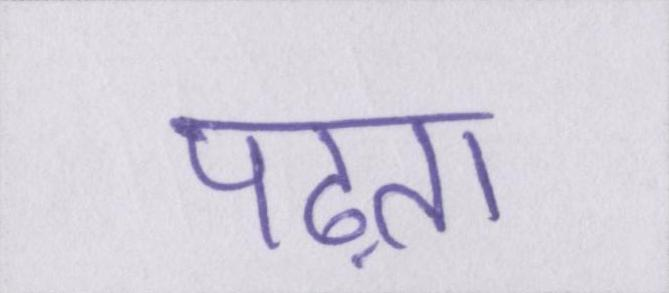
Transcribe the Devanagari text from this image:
पढ़ता